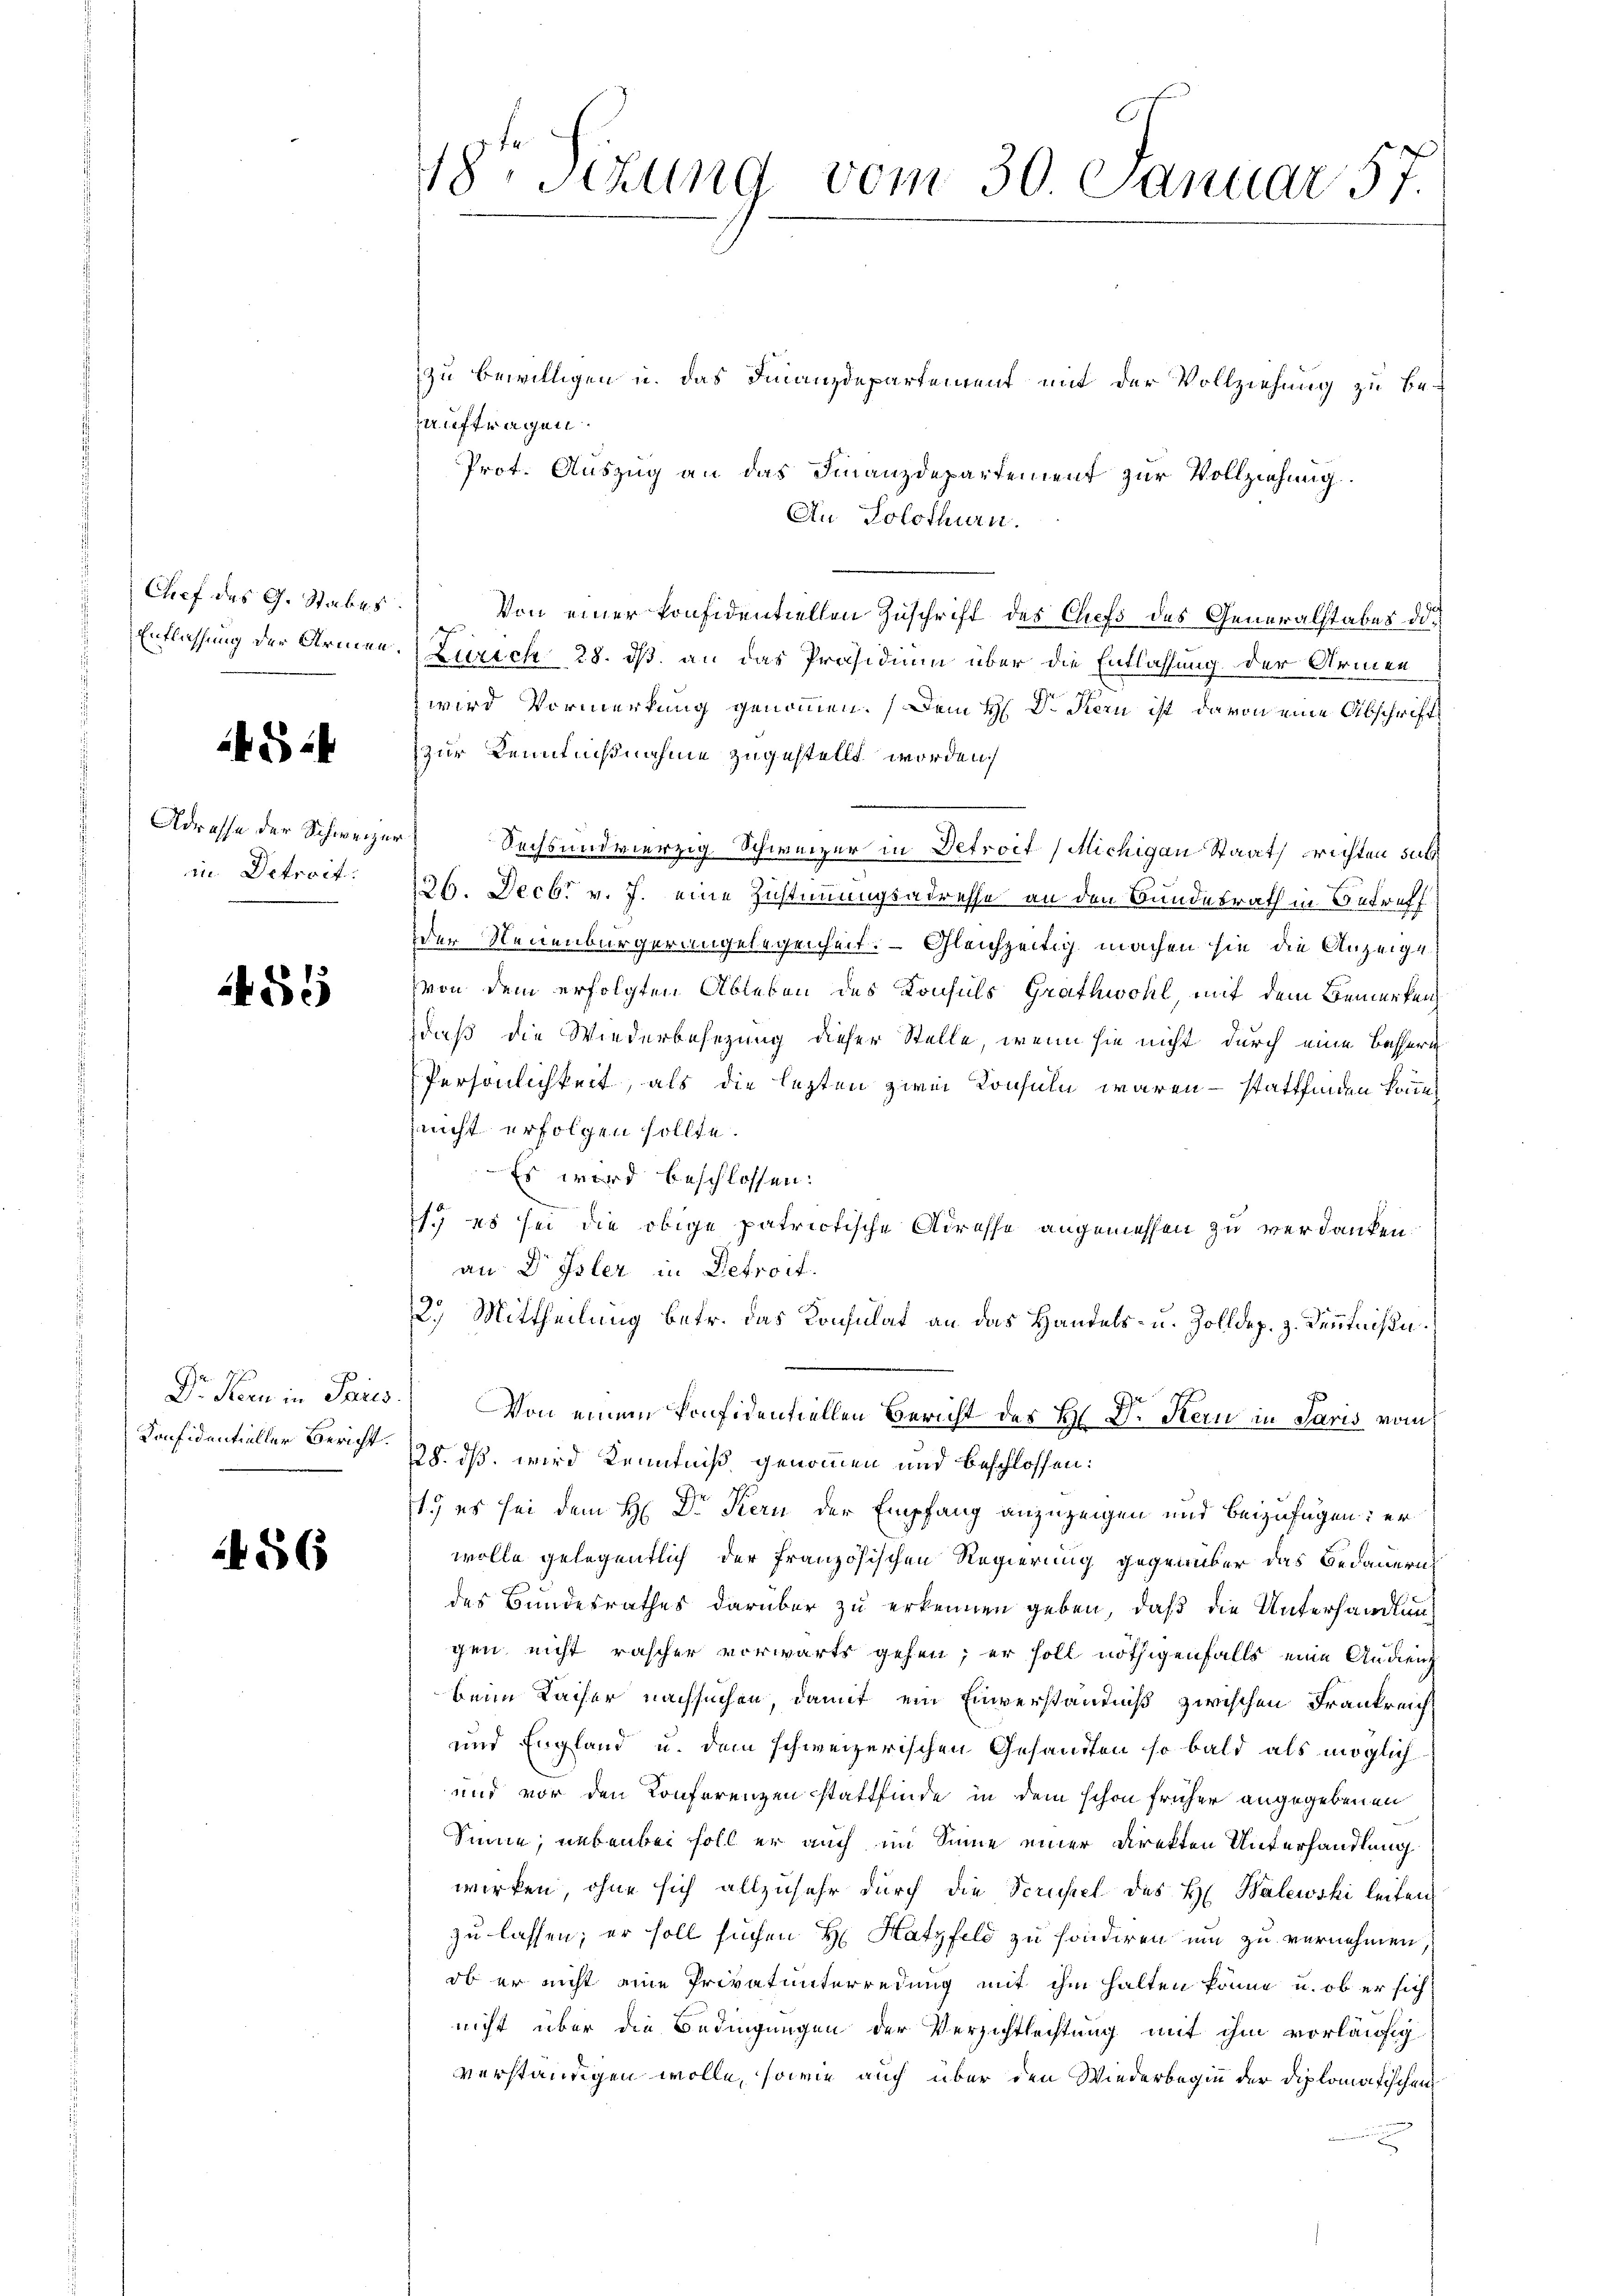
Chef des G. Stabes.

S 44

Adresse der Schweize
in Detrait:

485

Dr. Kern in Paris.
Konfidentieller Bericht.

486

18ten Sitzung vom 30. Januar 57.

zu bewilligen u. das Finanzdepartement mit der Vollziehung zu beauftragen.
Prot. Auszug an das Finanzdepartement zur Vollziehung.
An Solothurn.
Von einer konfidentiellen Zuschrift des Chefs des Generalstabes die
s
Entlassung der Armen. Zürich 28. ds. an das Präsidium über die Entlassung der Armen
wird Vormerkung genommen. Dem H. Dr. Kern ist davon eine Abschrift
zur Kenntnißnahme zugestellt worden.
4
Sechs und vierzig Schweizer in Detroit (Michigau Staat richten sub¬
136. Decbr v. J. eine Zustimmungsadresse an den Bundesrath in Betreff
der Neuenburger angelegenheit. — Gleichzeitig machen sie die Anzeige
von dem erfolgten Ableben des Konsuls Grathwohl, mit dem Bemerken
daß die Wiederbesezung dieser Stelle, wenn sie nicht durch eine Bessern
Persönlichkeit, als die lezten zwei Konsuln waren - stattfinden könn
nicht erfolgen sollte.
Es wird beschlossen:
1. es sei die obige patriotische Adresse angemessen zu verdanken.
an Dr Isler in Betroit.
12.) Mittheilung betr. das Konsulat an das Handels- u. Zolldep. z. Kenntniße.
Von einem konfidentiellen Bericht des H. Dr. Kern in Paris vom
28. ds. wird Kenntniß genommen und beschlossen:
st.) es sei dem H: Dr. Kern der Empfang anzuzeigen und beizufügen: er
wolle gelegentlich der Französischen Regierung gegenüber das Bedauerns
des Bundesrathes darüber zu erkennen geben, daß die Unterhandlung
gen, nicht rascher vorwärts gehen; er soll nöthigenfalls eine Audiens
beim Kaiser nachsuchen, damit ein Einverständniß zwischen Frankreich
und England u. dem schweizerischen Gesandten so bald als möglich
und vor den Konferenzen stattfinde in dem schon früher angegebenen
Sinne, nebenbei soll er auch im Sinne einer Direkten Unterhandlung
wirken, ohne sich allzusehr durch die Scrufiel des H. Balewski leiten
zu lassen; er soll suchen H. Hatzfeld zu sonderen um zu vernehmen,
ob er nicht eine Privatunterredung mit ihm halten könne u. ob er sich
nicht über die Bedingungen der Verzichtleistung mit ihm vorläufig
verständigen wolle, sowie auch über den Wiederbegin der Diplomatischen